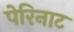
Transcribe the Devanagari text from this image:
पेरिनाट